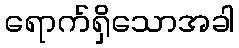
ရောက်ရှိသောအခါ